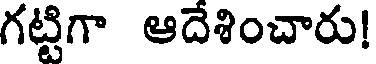
గట్టిగా ఆదేశించారు!